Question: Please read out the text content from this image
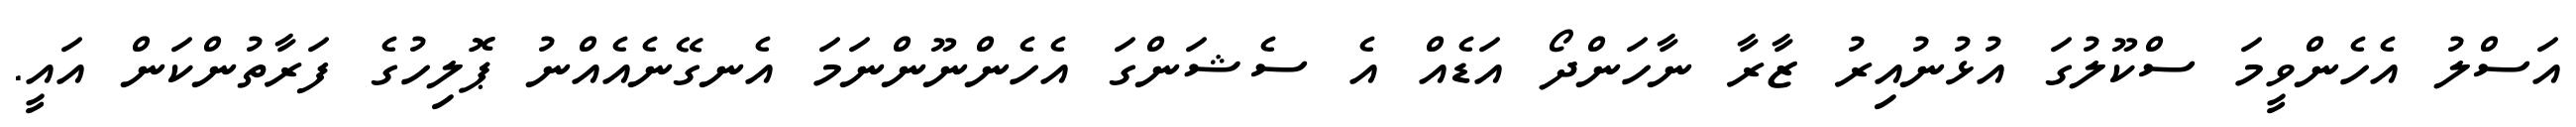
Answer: އަސްލު އެހެންވީމަ ސްކޫލުގަ އުޅުނުއިރު ޒާރާ ނާހަންދޯ އަޑެއް އެ ސެޝަންގަ އެހެންނޫންނަމަ އެނގޭނެއެއްނު ޕޮލިހުގެ ފަރާތުންކަން އައީ.